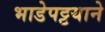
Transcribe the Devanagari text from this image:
भाडेपट्टयाने